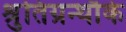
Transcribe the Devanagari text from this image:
श्रुतिग्रन्थौके